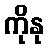
ကိုနု